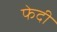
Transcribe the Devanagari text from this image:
फेदी